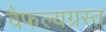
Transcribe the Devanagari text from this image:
वैफल्यग्रस्त